Triigi_(Aleksandri)_vallavalitsus_Harjumaal, lk 20
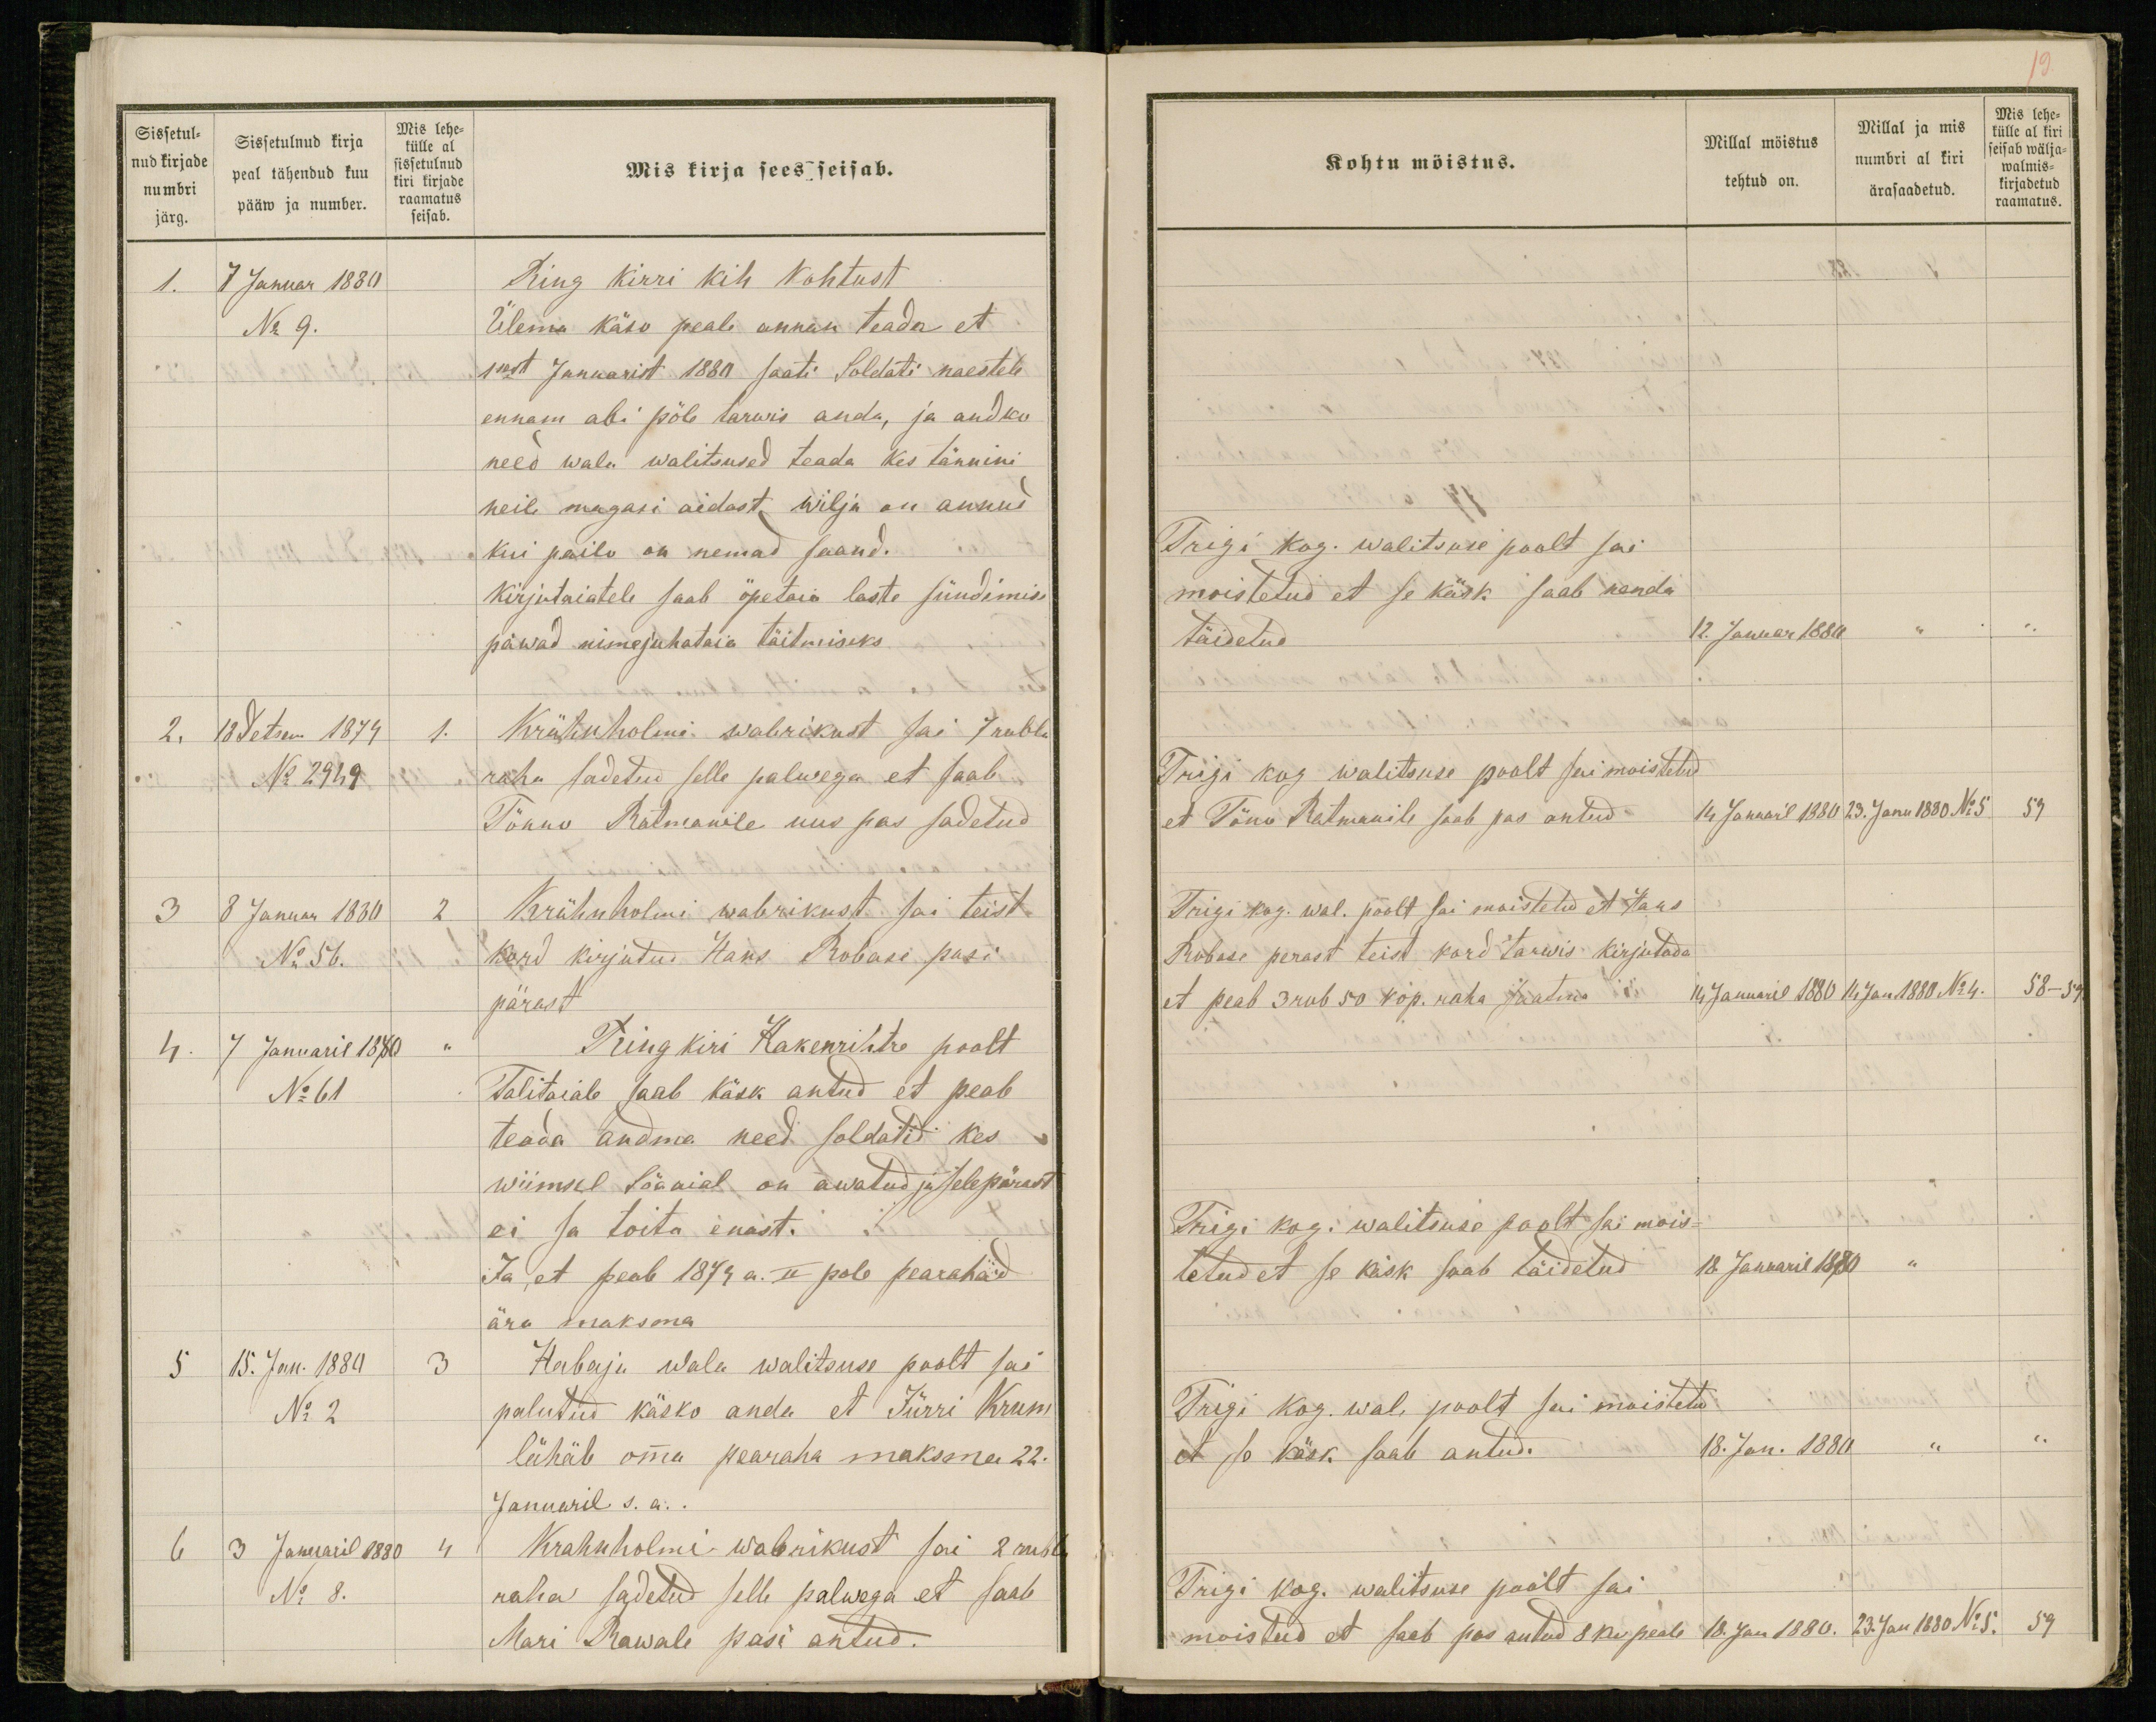
Sissetul-
nud kirjade
numbri
järg.
Sissetulnud kirja
peal tähendud kuu
pääw ja number.
Mis lehe-
külle al
sissetulnud
kiri kirjade
raamatus
seisab.
Mis kirja sees seisab.
1. 7 Januar 1880
Ring kirri kih kohtust
No 9.
Ülema käso peale annan teada et
1sest Januarist 1880 saati Soldati naestele
ennam abi põle tarwis anda, ja andko
need wala walitsused teada kes tännini
neile magasi aidast wilja on annud
kui pailo on nemad saand.
Kirjutaiatele saab öpetaia laste sündimise
päwad nimejuhataia täitmiseks
2. 18 Detsem 1879 1.
Krähnholmi wabrikust sai 7 rubla
No 2949
raha sadetud selle palwega et saab
Tõnno Ratmanile uus pas sadetud
3 8 Januar 1880 2
Krähnholmi wabrikust sai teist
No 56.
kord kirjutud Hans Robase pasi
pärast
4. 7 Januaril 1880 "
Ring kiri Hakenrihtre poolt
No 61
Talitaiale saab käsk antud et peab
teada andma need soldatid kes
wiimsel Sõaaial on awatud ja selepärast
ei sa toita enast.
Ja, et peab 1879 a. II pole pearahad
ära maksma
5 15. Jan. 1880 3
Habaja wala walitsuse poolt sai
No 2
palutud käsko anda et Jürri Krum
lähäb omma pearaha maksma 22.
Januaril s. a..
6 3 Januaril 1880 4
Krahnholmi wabrikust sai 2 rubla
No 8.
raha sadetud selle palwega et saab
Mari Rawale pasi antud.

Kohtu möistus.
Millal möistus
tehtud on.
Millal ja mis
numbri al kiri
ärasaadetud.
Mis lehe-
külle al kiri
seisab wälja-
walmis-
kirjadetud
raamatus.
Trigi kog. walitsuse poolt sai
moistetud et se käsk saab nenda
täidetud
12. Januar 1880 " "
Trigi kog walitsuse poolt sai moistetud
et Tõno Ratmanile saab pas antud
14 Januaril 1880 23. Janu 1880 No 5 59
Trigi kog. wal. poolt sai moistetud et Hans
Robase perast teist kord tarwis kirjutada
et peab 3 rub 50 kop. raha saatma
14 Januaril 1880 14 Jan 1880 No 4. 58-59.
Trigi kog. walitsuse poolt sai mois-
tetud et se käsk saab täidetud
18. Januaril 1880 "
Trigi kog. wal. poolt sai moistetud
et se käsk saab antud.
18. Jan. 1880 " "
Trigi kog. walitsuse poolt sai
moistetud et saab pas antud 8 ku peale
18. Jan 1880. 23 Jan 1880 No 5. 59